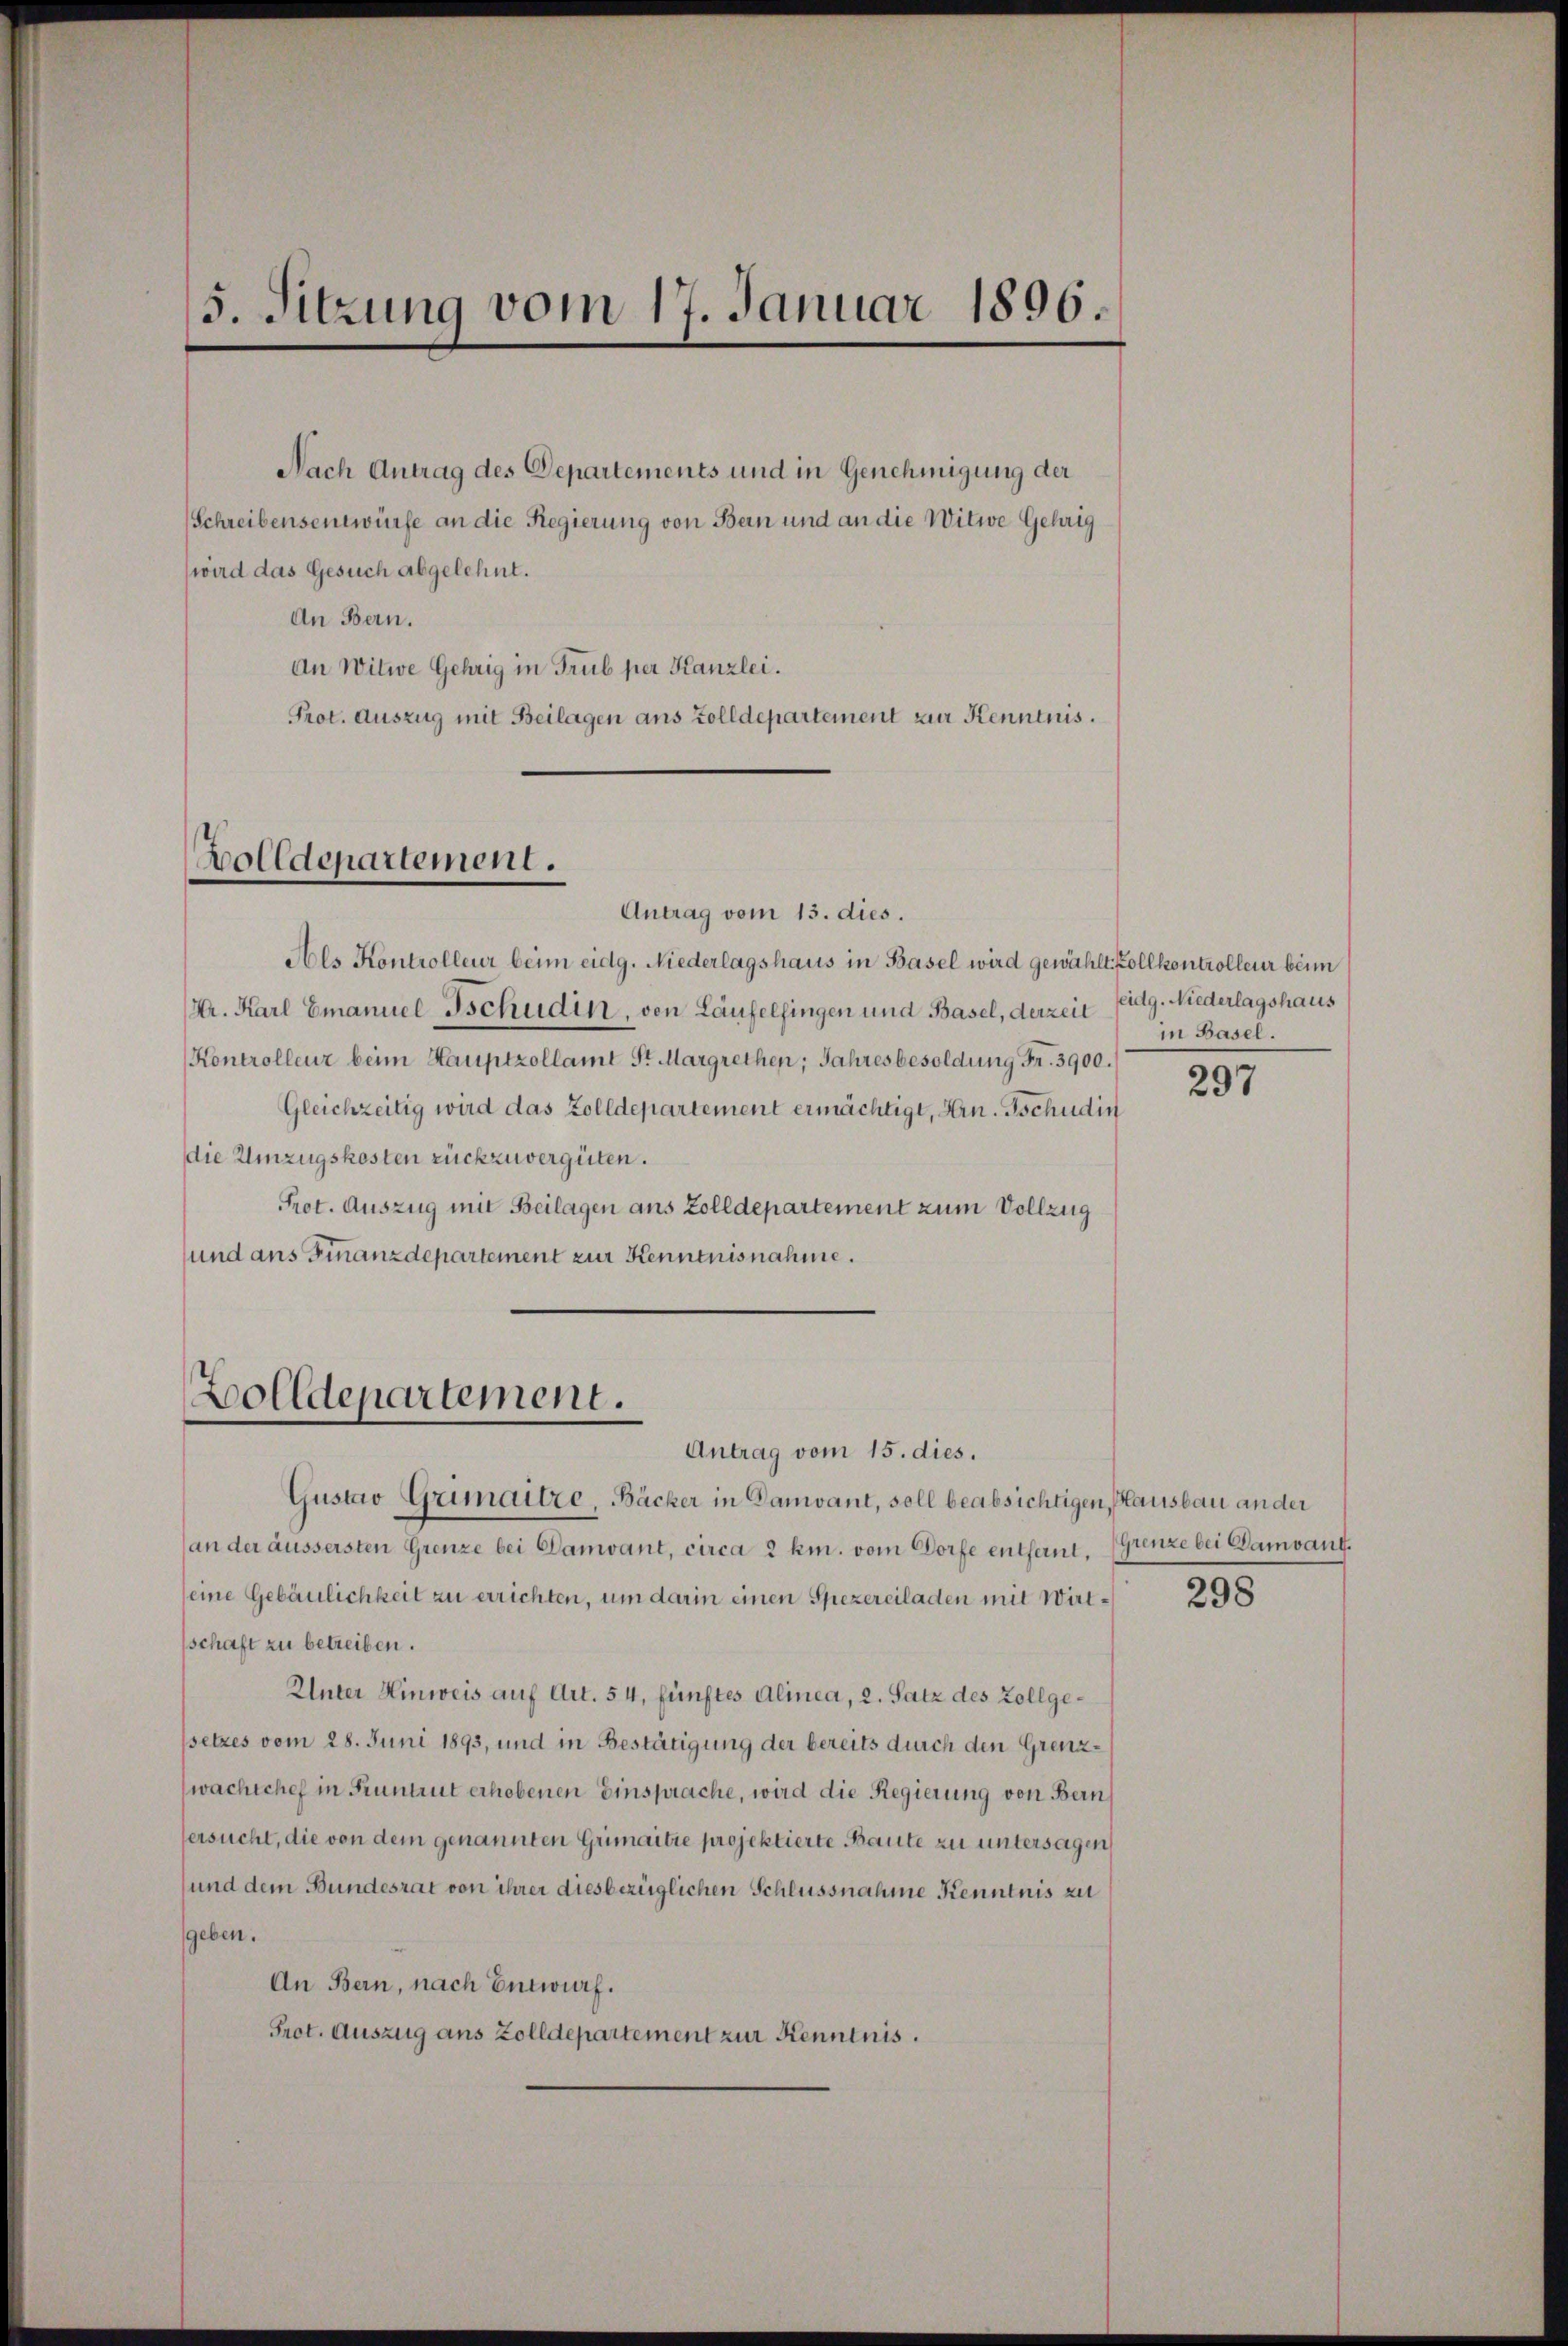
5. Sitzung vom 17. Januar 1896.

Nach Antrag des Departements und in Genehmigung der
Schreibensentwürfe an die Regierung von Bern und an die Witwe Gehrig
wird das Gesuch abgelehnt.
An Bern.
An Witwe Gehrig in Trub per Kanzlei.
Prot. Auszug mit Beilagen aus Zolldepartement zur Kenntnis.

Bolldepartement.

Antrag vom 13. dies.
Als Kontrolleur beim eidg. Niederlagshaus in Basel wird gewählt. Vollkontrolleur beim
Dr. Karl Emanuel Tschudin, von Laufelfingen und Basel, derzeit
Kontrollenz beim Hauptzollamt St. Margrethen; Jahresbesoldung Fr. 3900.
Gleichzeitig wird das Zolldepartement ermächtigt, Hrn. Tschudin
die Umzugskosten rückzuvergüten.
Prot. Auszug mit Beilagen aus Zolldepartement zum Vollzug
und ans Finanzdepartement zur Kenntnisnahme.

Zolldepartement.

Antrag vom 15. dies.

Gustav Grimaitre, Bäcker in Danant, soll beabsichtigen, Hausbau ander
an der äussersten Grenze bei Damvant, circa 2 km. vom Dorfe entfernt,
eine Gebäulichkeit zu errichten, um darin einen Spezereiladen mit Wirtsschaft zu betreiben.
Unter Hinweis auf Art. 54, fünftes Alinea, 2. Satz des Zollgesetzes vom 28. Juni 1893, und in Bestätigung der bereits durch den Grenzwachtchef in Pruntrut erhobenen Einsprache, wird die Regierung von Bern
tersucht, die von dem genannten Grimaitre projektierte Baute zu untersagen,
und dem Bundesrat von ihrer diesbezüglichen Schlussnahme Kenntnis zu
geben.
An Bern, nach Entwurf.
Prot. Auszug aus Zolldepartement zur Kenntnis.

eidg. Niederlagshaus
in Basel.

297

Grenze bei Damband.

298